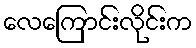
လေကြောင်းလိုင်းက